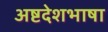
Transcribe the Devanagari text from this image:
अष्टदेशभाषा